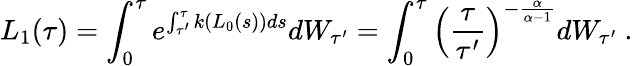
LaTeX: L_{1}(\tau)=\int_{0}^{\tau}e^{\int_{\tau^{\prime}}^{\tau}k(L_{0}(s))ds}dW_{\tau^{\prime}}=\int_{0}^{\tau}\left(\frac{\tau}{\tau^{\prime}}\right)^{-\frac{\alpha}{\alpha-1}}dW_{\tau^{\prime}}\ .